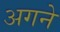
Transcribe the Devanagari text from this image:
अगने